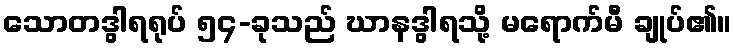
သောတဒွါရရုပ် ၅၄-ခုသည် ဃာနဒွါရသို့ မရောက်မီ ချုပ်၏။